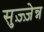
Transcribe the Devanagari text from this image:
सुज़्ज़ेन्न